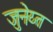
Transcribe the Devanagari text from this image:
जुनेय्त